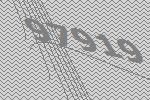
97919